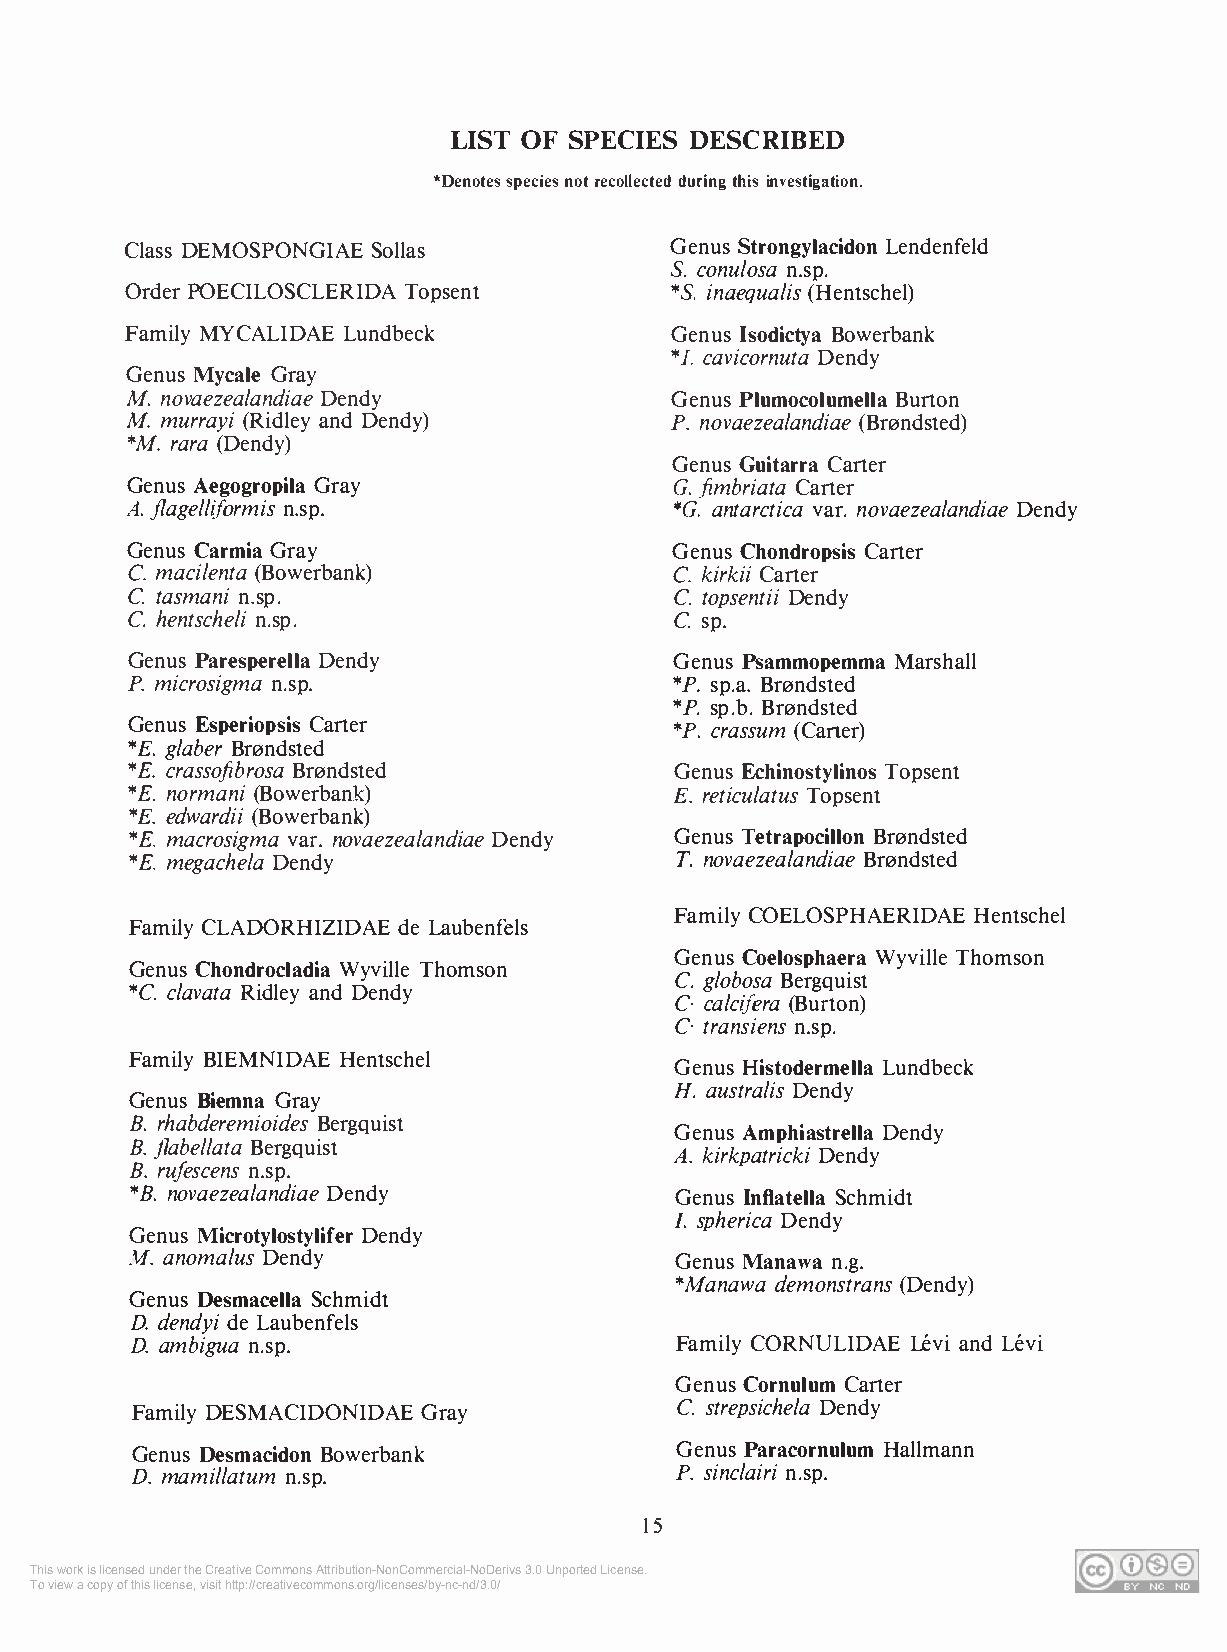
LIST OF SPECIES DESCRIBED
 *Denotes species not recollected during this investigation.
 Class DEMOSPONGIAE Sollas           Genus Strongylacidon Lendenfeld
 S. conulosa n.sp.
 Order POECILOSCLERIDA Topsent       * S. inaequalis (Hentschel)
 Family MYCALIDAE Lundbeck           Genus Isodictya Bowerbank
 * I. cavicornuta Dendy
 Genus Mycale Gray
 M. novaezealandiae Dendy            Genus Plumocolumella Burton
 M. murrayi (Ridley and Dendy)       P. novaezealandiae (Brnndsted)
 *M. rara (Dendy)
 Genus Guitarra Carter
 Genus Aegogropila Gray               G. fimbriata Carter
 A. flagelliformis n.sp.              *G. antarctica var. novaezealandiae Dendy
 Genus Carmia Gray                   Genus Chondropsis Carter
 C. macilenta (Bowerbank)             C. kirkii Carter
 C. tasmani n.sp.                     C. topsentii Dendy
 C. hentscheli n.sp.                  C. sp.
 Genus Paresperella Dendy             Genus Psammopemma Marshall
 P. microsigma n.sp.                  * P. sp.a. Brnndsted
 * P. sp.b . Brnndsted
 Genus Esperiopsis Carter             *P. crassum (Carter)
 * E. glaber Brnndsted
 * E. crassofibrosa Brnndsted         Genus Echinostylinos Topsent
 * E. normani (Bowerbank)             E. reticulatus Topsent
 *E . edwardii (Bowerbank)
 * E. macrosigma var. novaezealandiae Dendy Genus Tetrapocillon Brnndsted
 * E. megachela Dendy                T. novaezealandiae Brnndsted
 Family COELOSPHAERIDAE Hentschel
 Family CLADORHIZIDAE de Laubenfels
 Genus Coelosphaera Wyville Thomson
 Genus Chondrocladia Wyville Thomson
 C. globosa Bergquist
 *C. clavata Ridley and Dendy        C. calcifera (Burton)
 C. transiens n.sp.
 Family BIEMNIDAE Hentschel
 Genus Histodermella Lundbeck
 H. australis Dendy
 Genus Biemna Gray
 B. rhabderemioides Bergquist
 Genus Amphiastrella Dendy
 B. flabellata Bergquist             A. kirkpatricki Dendy
 B. rufescens n.sp.
 * B. novaezealandiae Dendy          Genus Inflatella Schmidt
 I. spherica Dendy
 Genus Microtylostylifer Dendy
 M. anomalus Dendy                    Genus Manawa n.g.
 *Manawa demonstrans (Dendy)
 Genus Desmacella Schmidt
 D. dendyi de Laubenfels
 D. ambigua n.sp.                    Family CORNULIDAE Levi and Levi
 Genus Cornulum Carter
 Family DESMACIDONIDAE Gray          C. strepsichela Dendy
 Genus Desmacidon Bowerbank          Genus Paracornulum Hallmann
 D. mamillatum n.sp.                 P. sinclairi n.sp.
 15
 This work is licensed under the Creative Commons Attribution-NonCommercial-NoDerivs 3.0 Unported License.
 To view a copy of this license, visit http://creativecommons.org/licenses/by-nc-nd/3.0/